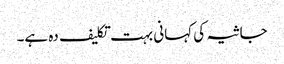
جاثیہ کی کہانی بہت تکلیف دہ ہے۔